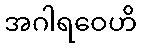
အဂါရဝေဟိ